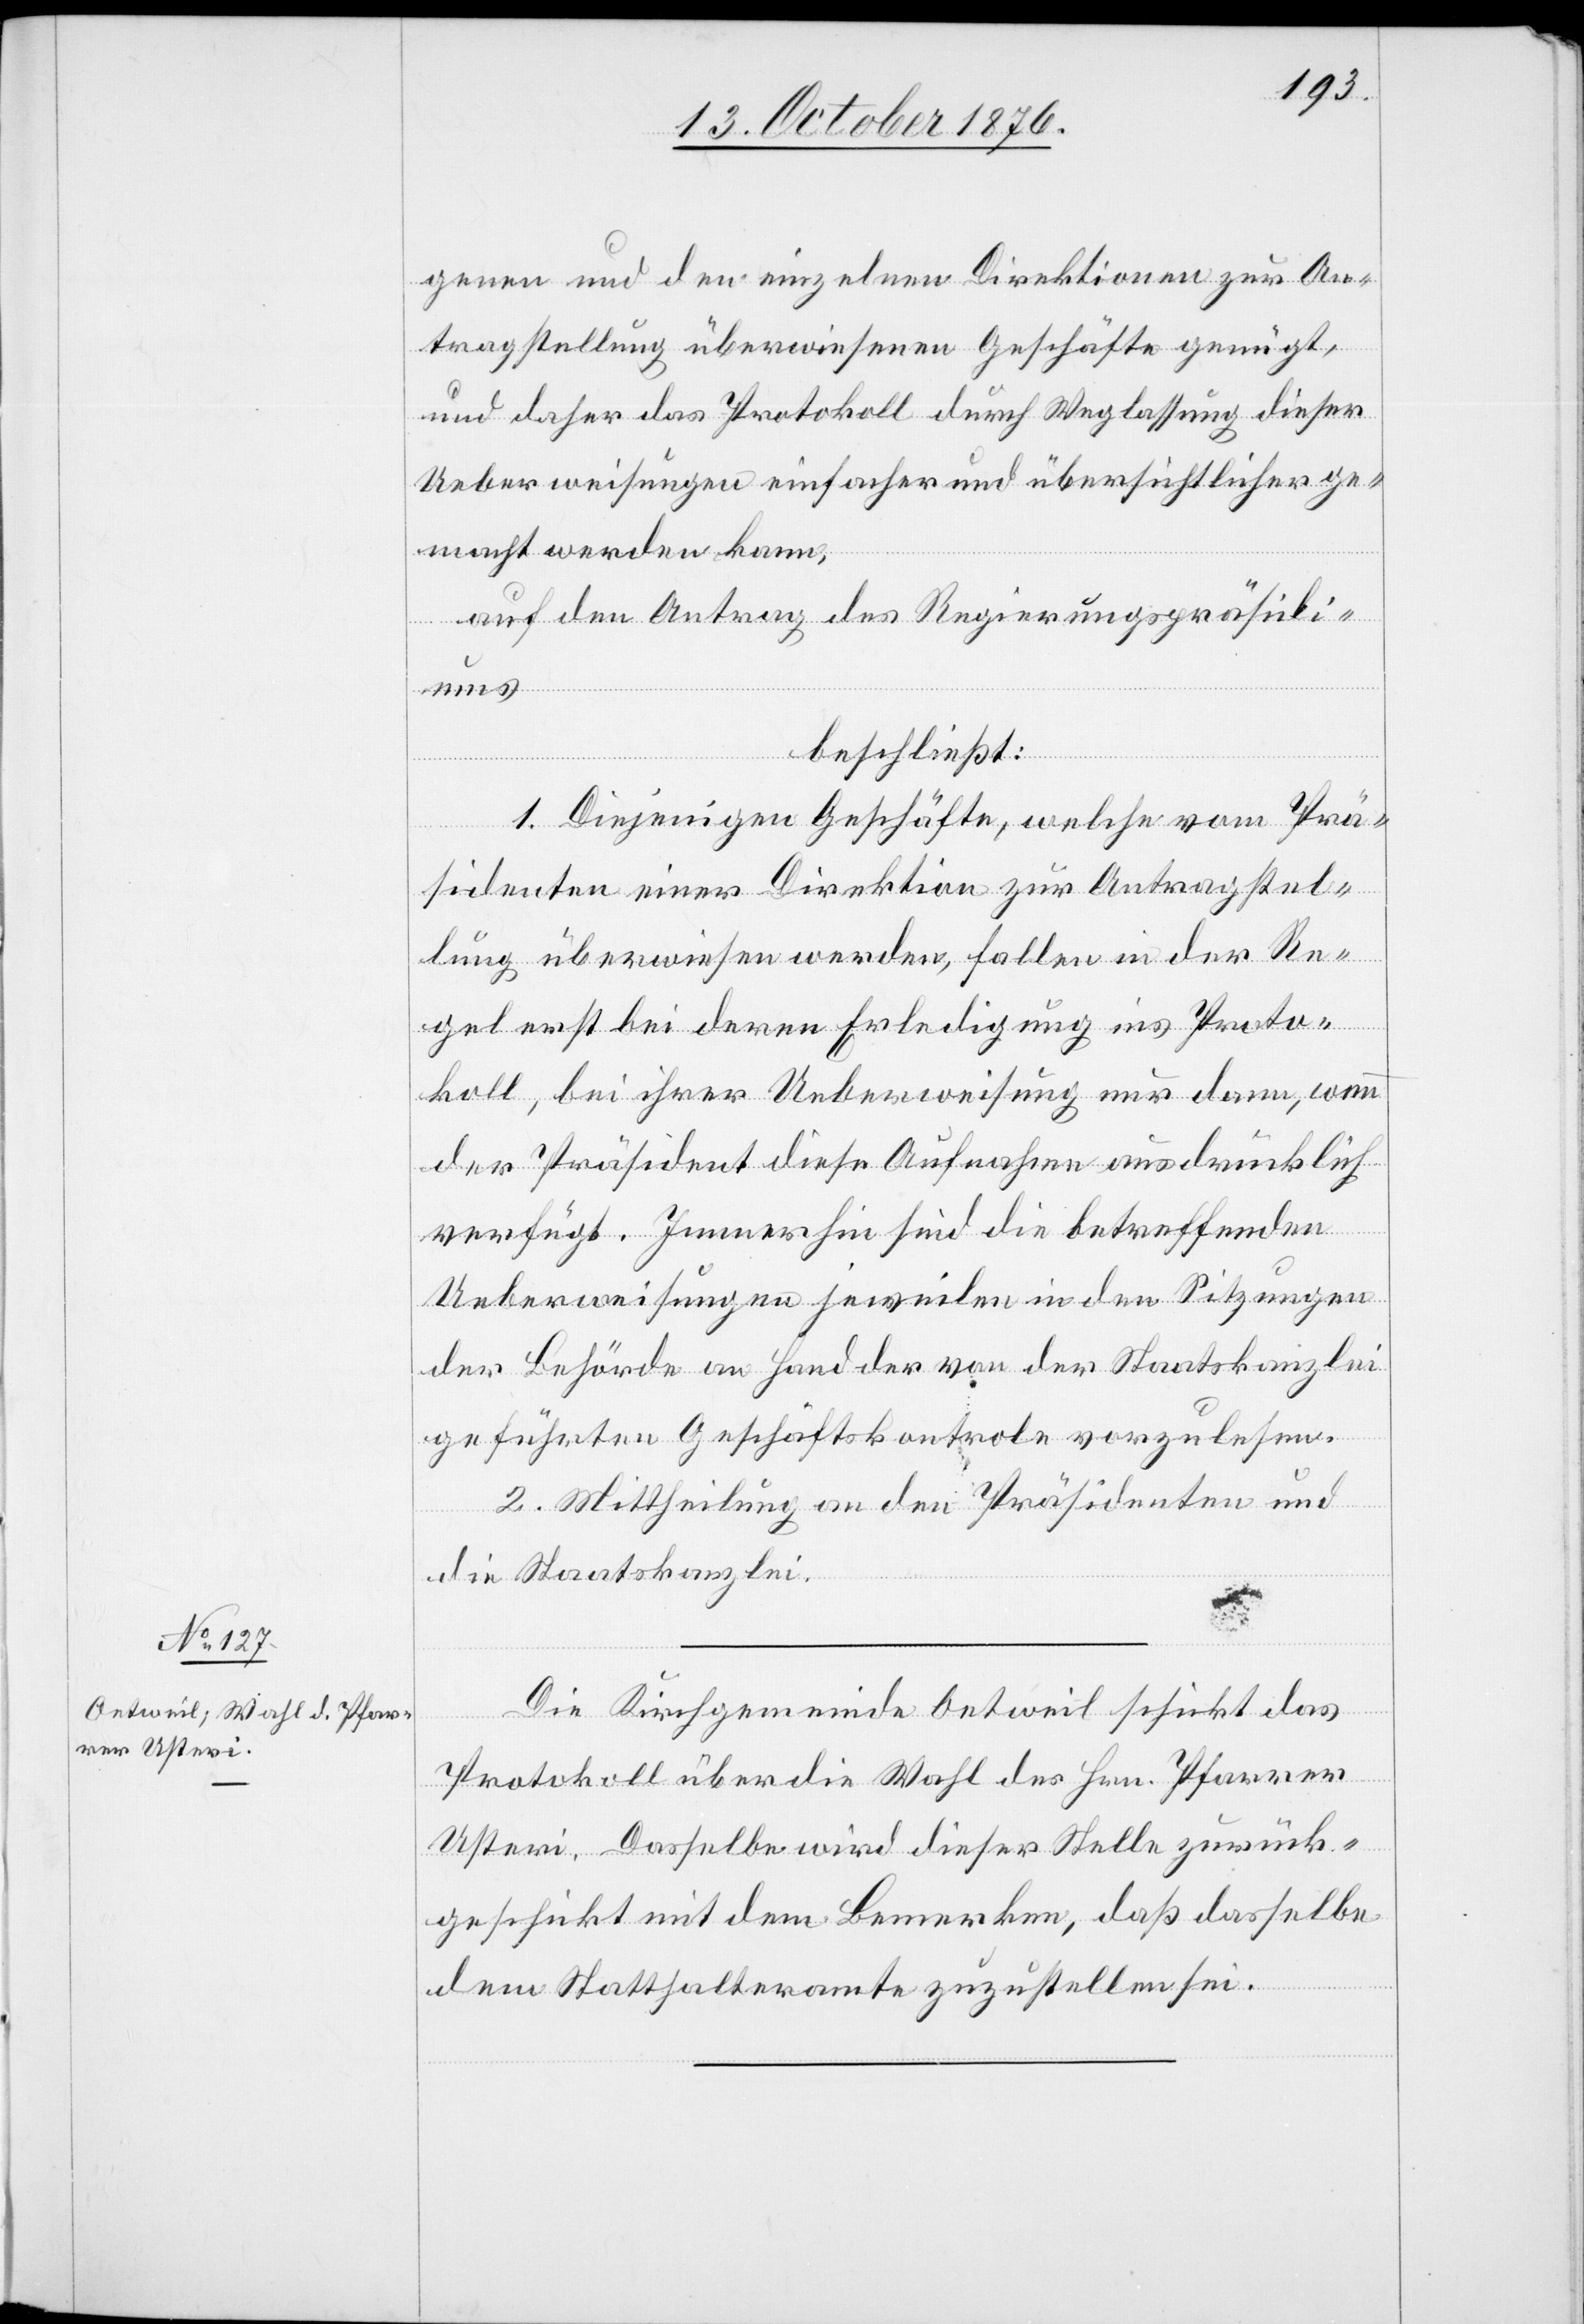
genen und den einzelnen Direktionen zur An¬
tragstellung überwiesenen Geschäfte genügt,
und daher das Protokoll durch Weglassung dieser
Ueberweisungen einfacher und übersichtlicher ge¬
macht werden kann,
auf den Antrag des Regierungspräsidi¬
ums,
beschließt:
1. Diejenigen Geschäfte, welche vom Prä¬
sidenten einer Direktion zur Antragstel¬
lung überwiesen werden, fallen in der Re¬
gel erst bei deren Erledigung ins Proto¬
koll, bei ihrer Ueberweisung nur dann, wenn
der Präsident diese Aufnahme ausdrücklich
verfügt. Immerhin sind die betreffenden
Ueberweisungen jeweilen in den Sitzungen
der Behörde an Hand der von der Staatskanzlei
geführten Geschäftskontrole vorzulesen.
2. Mittheilung an den Präsidenten und
die Staatskanzlei.
Die Kirchgemeinde Oetweil schickt das
Protokoll über die Wahl des Hrn. Pfarrer
Usteri. Dasselbe wird dieser Stelle zurück¬
geschickt mit dem Bemerken, daß dasselbe
dem Statthalteramte zuzustellen sei.